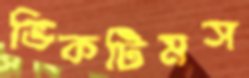
ভিকটিমস